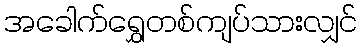
အခေါက်ရွှေတစ်ကျပ်သားလျှင်